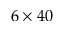
6 \times 4 0